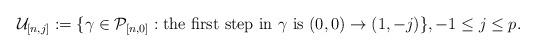
LaTeX: \begin{align*}\mathcal{U}_{[n,j]}:=\{\gamma\in\mathcal{P}_{[n,0]}: \mbox{the first step in $\gamma$ is}\,\,(0,0)\rightarrow(1,-j)\},-1\leq j\leq p.\end{align*}